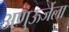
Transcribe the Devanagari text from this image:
अणुऊर्जेला